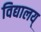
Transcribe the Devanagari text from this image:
विद्यालय्